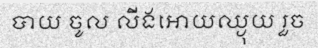
បាយ ចូល លីងអោយឈ្ងុយ រួច